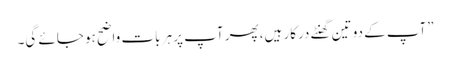
”آپ کے دو تین گھنٹے درکار ہیں، پھر آپ پر ہر بات واضح ہو جائے گی۔